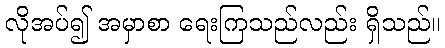
လိုအပ်၍ အမှာစာ ရေးကြသည်လည်း ရှိသည်။